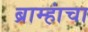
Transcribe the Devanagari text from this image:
ब्राम्हांचा